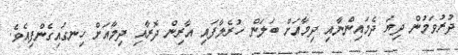
ދުރުވަމުން ދިޔަ ދެމައިންނާއި ދިމާއަށް ބަލަން ހުރެލާފައި އާރިން ދޮރާއި ދިމާއަށް ހިނގައިގެންފިއެވެ.